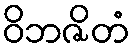
ဝိဘဇိတံ